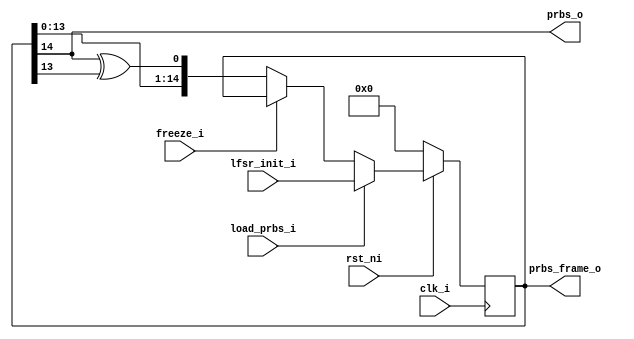
module prbs15 (
    input clk_i,
    input rst_ni,
    input [14:0] lfsr_init_i,
    input load_prbs_i,
    input freeze_i,
    output prbs_o,
    output [14:0] prbs_frame_o
);
// referenced from, https://en.wikipedia.org/wiki/Pseudorandom_binary_sequence
//                  PRBS15 = x^15 + x^14 + 1

    reg [14:0] lfsr_reg;
    always @(posedge clk_i) begin
        if (!rst_ni) begin
            lfsr_reg <= 'b0;
        end else if (load_prbs_i == 1) begin
            lfsr_reg <= lfsr_init_i;
        end else if (freeze_i == 1) begin
            lfsr_reg <= lfsr_reg;
        end else begin
            lfsr_reg <= {lfsr_reg[13:0], lfsr_reg[14] ^ lfsr_reg[13]};
        end
    end
    
    assign prbs_o = lfsr_reg[14];
    assign prbs_frame_o = lfsr_reg;

endmodule